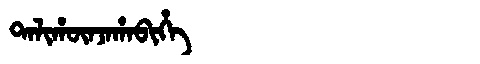
Manchu: ᡨᠠᠯᡳᡥᡡᠨᠵᠠᡥᠠᠪᡳᡥᡝ
Romanization: TALIHŪNJAHABIHE